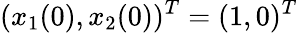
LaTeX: (x_{1}(0),x_{2}(0))^{T}=(1,0)^{T}